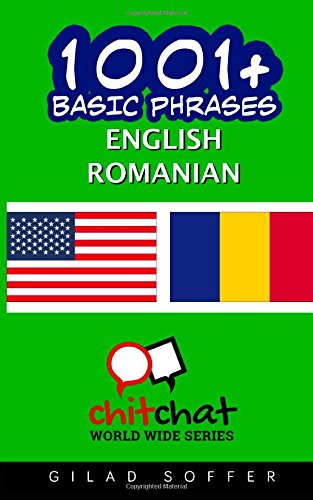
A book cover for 1001+ Basic Phrases English - Romanian; Gilad Soffer; Travel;